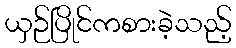
ယှဉ်ပြိုင်ကစားခဲ့သည့်